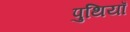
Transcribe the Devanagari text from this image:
पुथियाँ